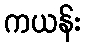
ကယန်း